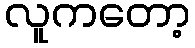
လူကတော့